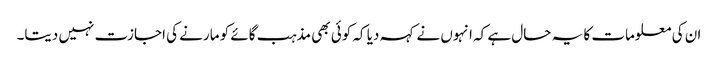
ان کی معلومات کا یہ حال ہے کہ انہوں نے کہہ دیا کہ کوئی بھی مذہب گائے کو مارنے کی اجازت نہیں دیتا۔